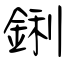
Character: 鋓